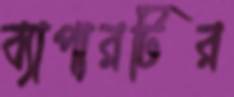
ব্যাপারটির